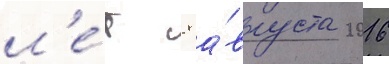
л'е́т 8 а́вгуста 2016